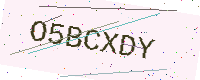
Text: O5BCXDY